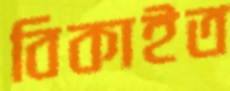
বিকাইত